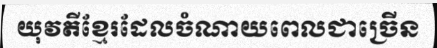
យុវតីខ្មែរដែលចំណាយពេលជាច្រើន